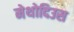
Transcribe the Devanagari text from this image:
मेथोदिउस